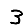
Digit: 3